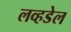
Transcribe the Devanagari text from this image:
लव्हडेल